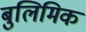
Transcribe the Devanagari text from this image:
बुलिमिक